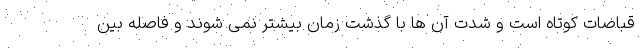
قباضات کوتاه است و شدت آن ها با گذشت زمان بیشتر نمی شوند و فاصله بین